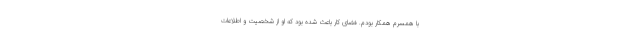
با همسرم همکار بودم. فضای کار باعث شده بود که او از شخصیت و اطلاعاتِ